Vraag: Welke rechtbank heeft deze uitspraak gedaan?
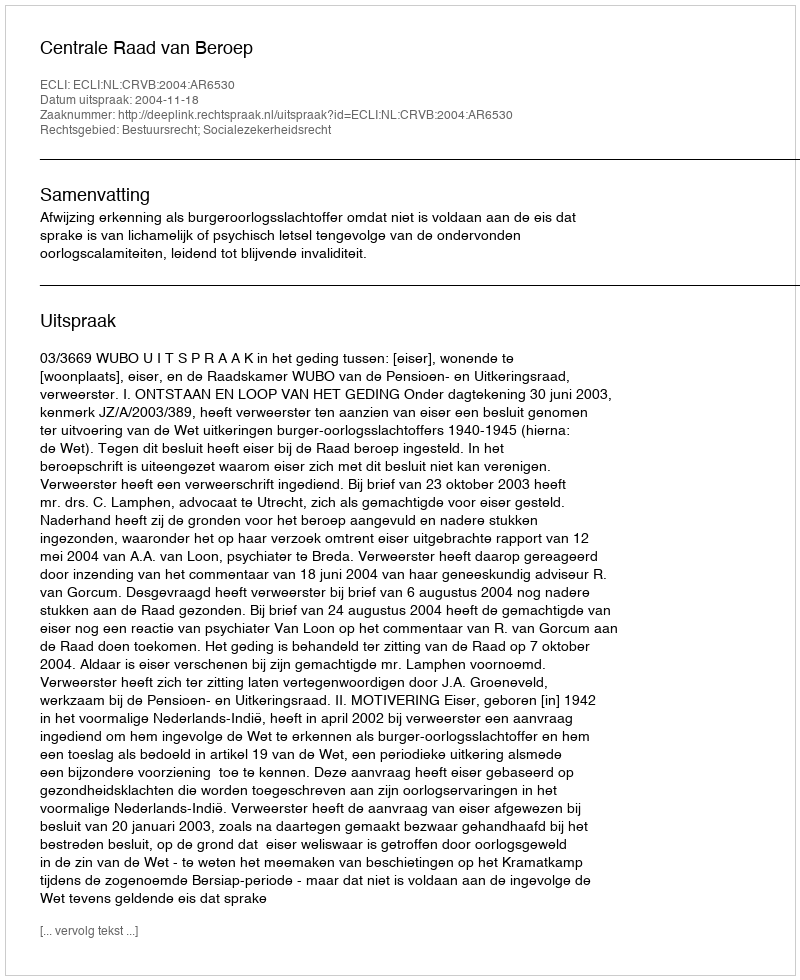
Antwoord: Centrale Raad van Beroep